Annual administration report of the Civil Veterinary Department of India - 1898-1899
Year: 1898
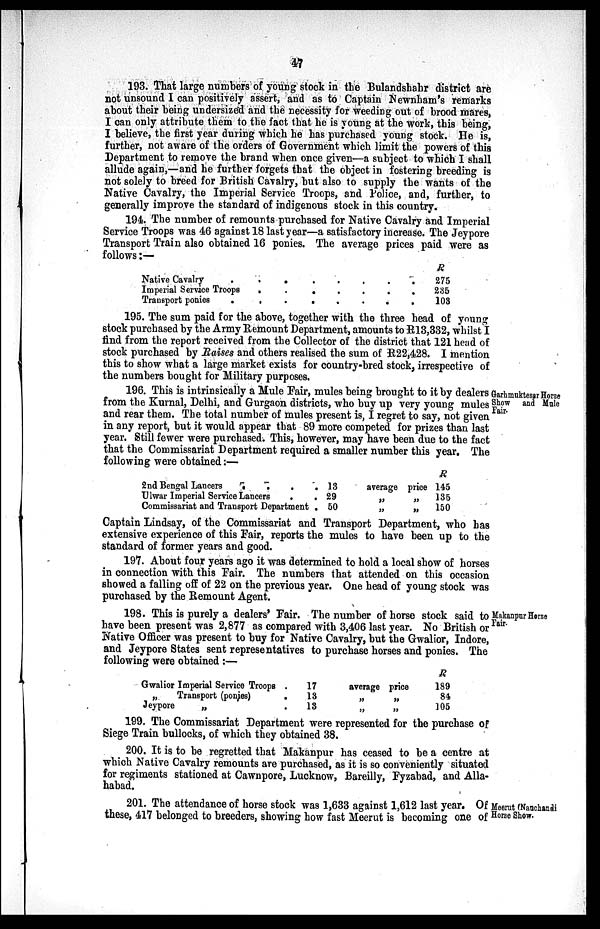
47
193. That large numbers of young stock in the Bulandshahr district are
not unsound I can positively assert, and as to Captain Newnham's remarks
about their being undersized and the necessity for weeding out of brood mares,
I can only attribute them to the fact that he is young at the work, this being,
I believe, the first year during which he has purchased young stock. He is,
further, not aware of the orders of Government which limit the powers of this
Department to remove the brand when once given—a subject to which I shall
allude again,—and he further forgets that the object in fostering breeding is
not solely to breed for British Cavalry, but also to supply the wants of the
Native Cavalry, the Imperial Service Troops, and Police, and, further, to
generally improve the standard of indigenous stock in this country.
194. The number of remounts purchased for Native Cavalry and Imperial
Service Troops was 46 against 18 last year—a satisfactory increase. The Jeypore
Transport Train also obtained 16 ponies. The average prices paid were as
follows:—
Native Cavalry . . . . . . . .
Imperial Service Troops . . . . . . . .
Transport ponies . . . . . . . .
R
275
235
103
195. The sum paid for the above, together with the three head of young
stock purchased by the Army Remount Department, amounts to R13,332, whilst I
find from the report received from the Collector of the district that 121 head of
stock purchased by Raises and others realised the sum of R22,428. I mention
this to show what a large market exists for country-bred stock, irrespective of
the numbers bought for Military purposes.
Garhmuktesar Horse
Show and Mule
Fair.
196. This is intrinsically a Mule Fair, mules being brought to it by dealers
from the Kurnal, Delhi, and Gurgaon districts, who buy up very young mules
and rear them. The total number of mules present is, I regret to say, not given
in any report, but it would appear that 89 more competed for prizes than last
year. Still fewer were purchased. This, however, may have been due to the fact
that the Commissariat Department required a smaller number this year. The
following were obtained:—
2nd Bengal Lancers
.
.
.
.
Ulwar Imperial Service Lancers
.
.
Commissariat and Transport Department .
13
29
50
average
„
„
price
„
„
R
145
135
150
Captain Lindsay, of the Commissariat and Transport Department, who has
extensive experience of this Fair, reports the mules to have been up to the
standard of former years and good.
197. About four years ago it was determined to hold a local show of horses
in connection with this Fair. The numbers that attended on this occasion
showed a falling off of 22 on the previous year. One head of young stock was
purchased by the Remount Agent.
Makanpur Horse
Fair.
198. This is purely a dealers' Fair. The number of horse stock said to
have been present was 2,877 as compared with 3,406 last year. No British or
Native Officer was present to buy for Native Cavalry, but the Gwalior, Indore,
and Jeypore States sent representatives to purchase horses and ponies. The
following were obtained:—
Gwalior Imperial Service Troops .
„
Transport (ponies)
.
Jeypore
„ .
17
13
13
average
„
„
price
„
„
R
189
84
105
199. The Commissariat Department were represented for the purchase of
Siege Train bullocks, of which they obtained 38.
200. It is to be regretted that Makanpur has ceased to be a centre at
which Native Cavalry remounts are purchased, as it is so conveniently situated
for regiments stationed at Cawnpore, Lucknow, Bareilly, Fyzabad, and Alla-
habad.
Meerut (Nanchandi
Horse Show.
201. The attendance of horse stock was 1,633 against 1,612 last year. Of
these, 417 belonged to breeders, showing how fast Meerut is becoming one of